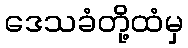
ဒေသခံတို့ထံမှ